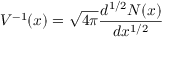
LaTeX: V ^ { - 1 } ( x ) = { \sqrt { 4 \pi } } { \frac { d ^ { 1 / 2 } N ( x ) } { d x ^ { 1 / 2 } } }